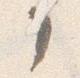
了